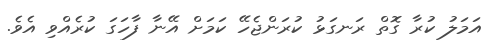
އަމަލު ކުރާ ގޮތް ރަނގަޅު ކުރަންޖެހޭ ކަމަށް އޭނާ ފާހަގަ ކުރެއްވި އެވެ.